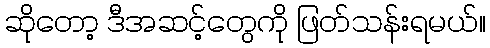
ဆိုတော့ ဒီအဆင့်တွေကို ဖြတ်သန်းရမယ်။